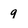
Character: 9